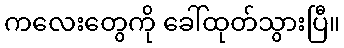
ကလေးတွေကို ခေါ်ထုတ်သွားပြီ။